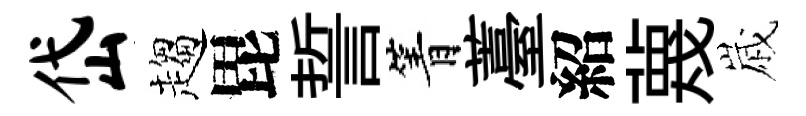
岱趨毘誓箐薹紹蔑𡻕